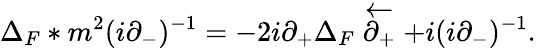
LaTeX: \Delta_{F}\ast m^{2}(i\partial_{-})^{-1}=-2i\partial_{+}\Delta_{F}\stackrel{\leftarrow}{\partial_{+}}+i(i\partial_{-})^{-1}.